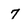
Character: 7